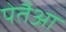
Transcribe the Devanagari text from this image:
पेतैआ